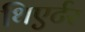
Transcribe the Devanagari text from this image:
थिएर्टर